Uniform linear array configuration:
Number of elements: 48
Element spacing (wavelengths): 0.75
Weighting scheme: cosine
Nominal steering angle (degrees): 60
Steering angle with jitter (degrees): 61.277
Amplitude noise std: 0.05
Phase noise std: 0.05

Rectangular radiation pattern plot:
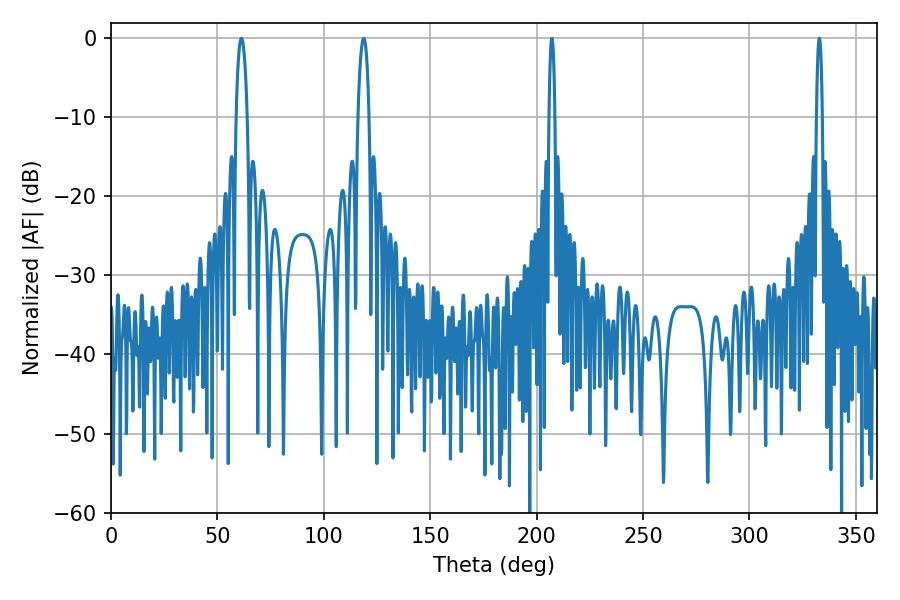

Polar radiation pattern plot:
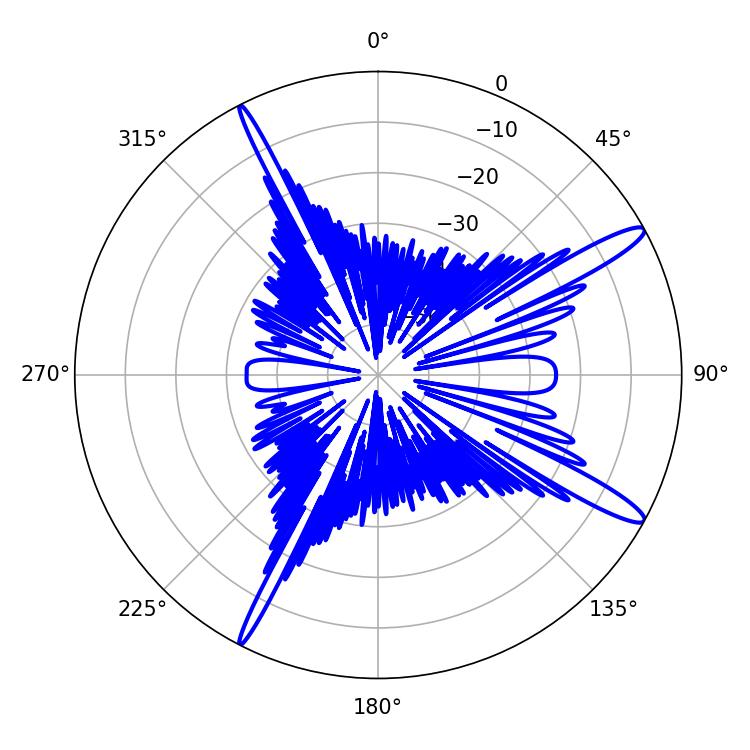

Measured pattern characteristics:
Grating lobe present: TRUE
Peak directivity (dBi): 14.327
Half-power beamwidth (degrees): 1.44
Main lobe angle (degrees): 207.18